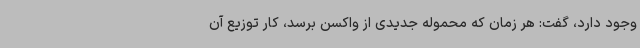
وجود دارد، گفت: هر زمان که محموله جدیدی از واکسن برسد، کار توزیع آن